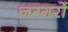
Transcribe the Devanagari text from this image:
जग्गरों